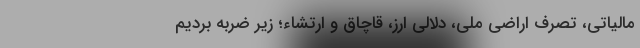
مالیاتی، تصرف اراضی ملی، دلالی ارز، قاچاق و ارتشاء؛ زیر ضربه بردیم